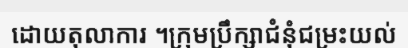
ដោយតុលាការ ។ក្រុមប្រឹក្សាជំនុំជម្រះយល់